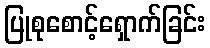
ပြုစုစောင့်ရှောက်ခြင်း